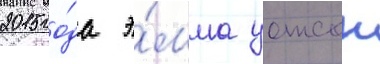
2015 го́да э́мма уотсон